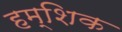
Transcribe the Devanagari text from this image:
हम्शिक